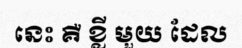
នេះ គឺ ខ្លី មួយ ដែល